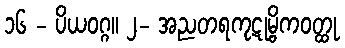
၁၆ - ပိယဝဂ္ဂ။ ၂- အညတရကုဋုမ္ဗိကဝတ္ထု